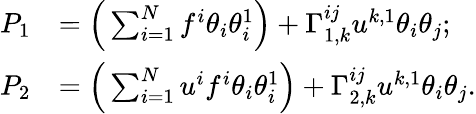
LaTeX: \begin{array}{rl}{P_{1}}&{=\Big(\sum_{i=1}^{N}f^{i}\theta_{i}\theta_{i}^{1}\Big)+\Gamma_{1,k}^{ij}u^{k,1}\theta_{i}\theta_{j};}\\ {P_{2}}&{=\Big(\sum_{i=1}^{N}u^{i}f^{i}\theta_{i}\theta_{i}^{1}\Big)+\Gamma_{2,k}^{ij}u^{k,1}\theta_{i}\theta_{j}.}\end{array}